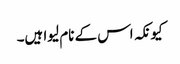
کیونکہ اس کے نام لیوا ہیں۔